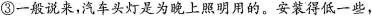
③一般说来，汽车头灯是为晚上照明用的。安装得低一些，